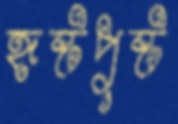
হৃষ্টপুষ্ট